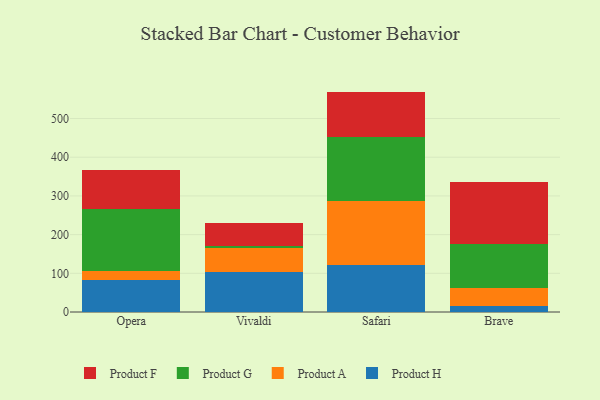
{"axis": {"x": "Browser", "y": "Customer Acquisition Cost (USD)"}, "legend": ["Product A", "Product F", "Product G", "Product H"], "data": [{"x": "Opera", "y": 81.7, "type": "Product H"}, {"x": "Opera", "y": 23.7, "type": "Product A"}, {"x": "Opera", "y": 160.7, "type": "Product G"}, {"x": "Opera", "y": 101.9, "type": "Product F"}, {"x": "Vivaldi", "y": 104.3, "type": "Product H"}, {"x": "Vivaldi", "y": 60.1, "type": "Product A"}, {"x": "Vivaldi", "y": 5.2, "type": "Product G"}, {"x": "Vivaldi", "y": 61.7, "type": "Product F"}, {"x": "Safari", "y": 120.9, "type": "Product H"}, {"x": "Safari", "y": 166.5, "type": "Product A"}, {"x": "Safari", "y": 165.2, "type": "Product G"}, {"x": "Safari", "y": 117.0, "type": "Product F"}, {"x": "Brave", "y": 14.6, "type": "Product H"}, {"x": "Brave", "y": 47.0, "type": "Product A"}, {"x": "Brave", "y": 113.3, "type": "Product G"}, {"x": "Brave", "y": 160.2, "type": "Product F"}]}